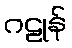
ဂဠုန်